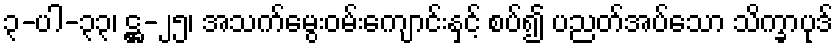
၃-ပါ-၃၃၊ ဋ္ဌ-၂၅၊ အသက်မွေးဝမ်းကျောင်းနှင့် စပ်၍ ပညတ်အပ်သော သိက္ခာပုဒ်